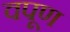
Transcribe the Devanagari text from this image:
वपूण